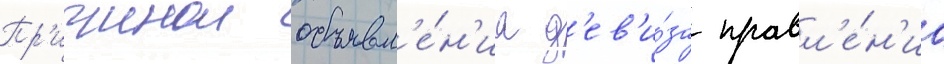
Пр'ичинои объявл'е́н'иа д'ев'и́за правл'е́н'иа